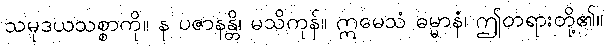
သမုဒယသစ္စာကို။ န ပဇာနန္တိ၊ မသိကုန်။ ဣမေသံ ဓမ္မာနံ၊ ဤတရားတို့၏။